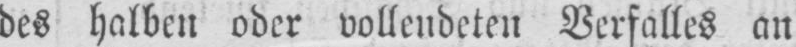
des halben oder vollendeten Verfalles an